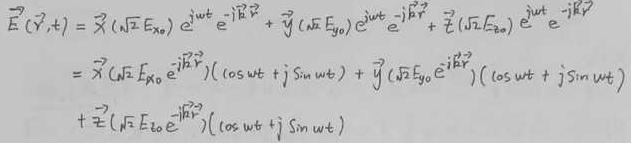
\[
\begin{align*}
\vec{E}(\vec{r},t)&=\hat{x}(\sqrt{2}E_{x_0})e^{j\omega t}e^{-j\vec{k}\cdot\vec{r}}+\hat{y}(\sqrt{2}E_{y_0})e^{j\omega t}e^{-j\vec{k}\cdot\vec{r}}+\hat{z}(\sqrt{2}E_{z_0})e^{j\omega t}e^{-j\vec{k}\cdot\vec{r}}\\
&=\hat{x}(\sqrt{2}E_{x_0}e^{-j\vec{k}\cdot\vec{r}})(\cos\omega t + j\sin\omega t)+\hat{y}(\sqrt{2}E_{y_0}e^{-j\vec{k}\cdot\vec{r}})(\cos\omega t + j\sin\omega t)\\
&+\hat{z}(\sqrt{2}E_{z_0}e^{-j\vec{k}\cdot\vec{r}})(\cos\omega t + j\sin\omega t)
\end{align*}
\]